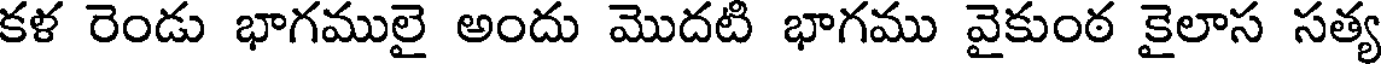
కళ రెండు భాగములై అందు మొదటి భాగము వైకుంఠ కైలాస సత్య